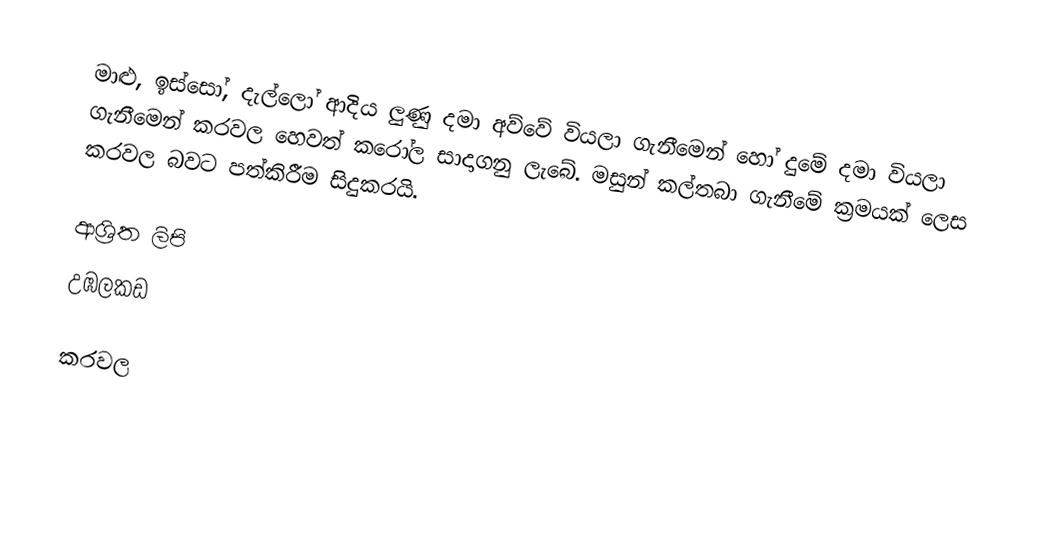
මාළු, ඉස්සෝ, දැල්ලෝ ආදිය ලුණු දමා අව්වේ වියලා ගැනීමෙන් හෝ දුමේ දමා වියලා ගැනීමෙන් කරවල  හෙවත් කරෝල සාදාගනු ලැබේ. මසුන් කල්තබා ගැනීමේ ක්‍රමයක් ලෙස කරවල බවට පත්කිරීම සිදුකරයි.

ආශ්‍රිත ලිපි
 උඹලකඩ

කරවල